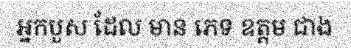
អ្នកបួស ដែល មាន ភេទ ឧត្តម ជាង